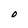
Character: O